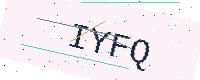
Text: IYFQ